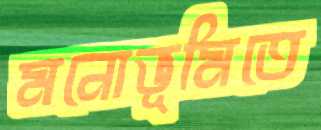
মনোভূমিতে